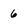
Character: 6